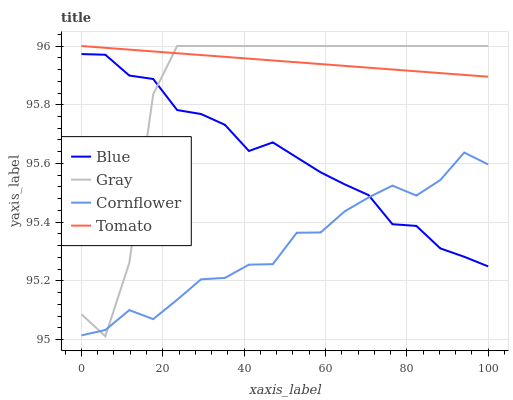
| xaxis_label | Blue | Gray | Cornflower | Tomato |
 | --- | --- | --- | --- | --- |
 | 0 | 96 | 95.1 | 95 | 96 |
 | 5.88 | 96 | 95 | 95 | 96 |
 | 11.8 | 95.9 | 95.3 | 95.1 | 96 |
 | 17.6 | 95.9 | 95.8 | 95.1 | 96 |
 | 23.5 | 95.8 | 96 | 95.1 | 96 |
 | 29.4 | 95.8 | 96 | 95.2 | 96 |
 | 35.3 | 95.7 | 96 | 95.2 | 96 |
 | 41.2 | 95.6 | 96 | 95.3 | 96 |
 | 47.1 | 95.7 | 96 | 95.3 | 96 |
 | 52.9 | 95.6 | 96 | 95.4 | 95.9 |
 | 58.8 | 95.6 | 96 | 95.4 | 95.9 |
 | 64.7 | 95.5 | 96 | 95.4 | 95.9 |
 | 70.6 | 95.5 | 96 | 95.5 | 95.9 |
 | 76.5 | 95.4 | 96 | 95.5 | 95.9 |
 | 82.4 | 95.4 | 96 | 95.5 | 95.9 |
 | 88.2 | 95.3 | 96 | 95.5 | 95.9 |
 | 94.1 | 95.3 | 96 | 95.6 | 95.9 |
 | 100 | 95.2 | 96 | 95.6 | 95.9 |